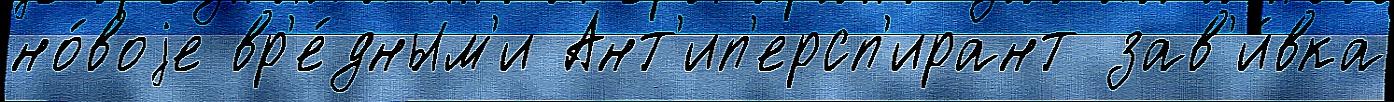
но́воjе вр'е́дным'и Ант'ип'ерсп'ирант зав'и́вка